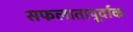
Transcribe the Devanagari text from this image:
सफलातापूर्वाक